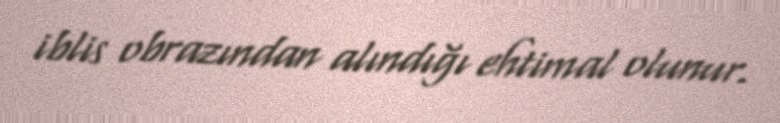
iblis obrazından alındığı ehtimal olunur.